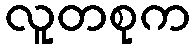
လူတစုက